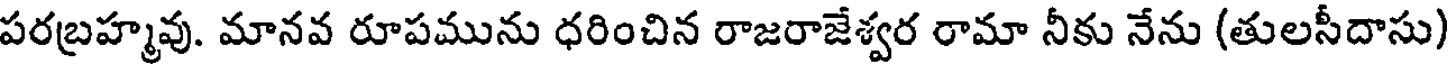
పరబ్రహ్మవు. మానవ రూపమును ధరించిన రాజరాజేశ్వర రామా నీకు నేను (తులసీదాసు)